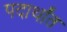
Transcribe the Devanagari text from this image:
पदार्थांंत